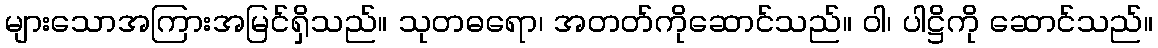
များသောအကြားအမြင်ရှိသည်။ သုတဓရော၊ အတတ်ကိုဆောင်သည်။ ဝါ၊ ပါဋ္ဌိကို ဆောင်သည်။